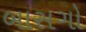
બાસગો